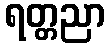
ရတ္တညာ